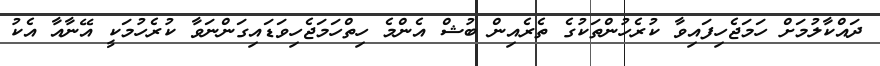
ދައްކާލުމަށް ހަމަޖެހިފައިވާ ކުރެހުންތަކުގެ ތެރެއިން ބުޝް އެންމެ ހިތްހަމަޖެހިވަޑައިގަންނަވާ ކުރެހުމަކީ އޭނާއާ އެކު